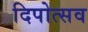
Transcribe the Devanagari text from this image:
दिपोत्सव